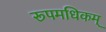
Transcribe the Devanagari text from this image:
रूपमधिकम्